Report of the Imperial Institute of Veterinary Research, Muktesar
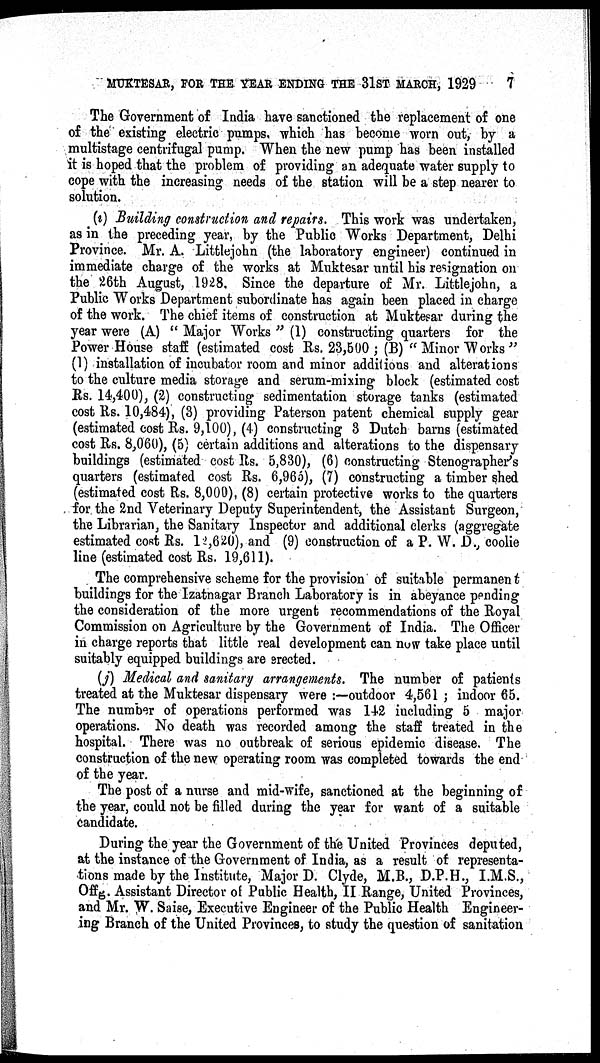
MUKTESAR, FOR THE YEAR ENDING THE 31ST MARCH, 1929
7
The Government of India have sanctioned the replacement of one
of the existing electric pumps, which has become worn out, by a
multistage centrifugal pump. When the new pump has been installed
it is hoped that the problem of providing an adequate water supply to
cope with the increasing needs of the station will be a step nearer to
solution.
(i) Building construction and repairs. This work was undertaken,
as in the preceding year, by the Public Works Department, Delhi
Province. Mr. A. Littlejohn (the laboratory engineer) continued in
immediate charge of the works at Muktesar until his resignation on
the 26th August, 1928. Since the departure of Mr. Littlejohn, a
Public Works Department subordinate has again been placed in charge
of the work. The chief items of construction at Muktesar during the
year were (A) " Major Works " (1) constructing quarters for the
Power House staff (estimated cost Rs. 23,500 ; (B) " Minor Works "
(1) installation of incubator room and minor additions and alterations
to the culture media storage and serum-mixing block (estimated cost
Rs. 14,400), (2) constructing sedimentation storage tanks (estimated
cost Rs. 10,484), (3) providing Paterson patent chemical supply gear
(estimated cost Rs. 9,100), (4) constructing 3 Dutch barns (estimated
cost Rs. 8,060), (5) certain additions and alterations to the dispensary
buildings (estimated cost Rs. 5,830), (6) constructing Stenographer's
quarters (estimated cost Rs. 6,965), (7) constructing a timber shed
(estimated cost Rs. 8,000), (8) certain protective works to the quarters
for the 2nd Veterinary Deputy Superintendent, the Assistant Surgeon,
the Librarian, the Sanitary Inspector and additional clerks (aggregate
estimated cost Rs. 12,620), and (9) construction of a P. W. D., coolie
line (estimated cost Rs. 19,611).
The comprehensive scheme for the provision of suitable permanent
buildings for the Izatnagar Branch Laboratory is in abeyance pending
the consideration of the more urgent recommendations of the Royal
Commission on Agriculture by the Government of India. The Officer
in charge reports that little real development can now take place until
suitably equipped buildings are erected.
(j) Medical and sanitary arrangements. The number of patients
treated at the Muktesar dispensary were :—outdoor 4,561; indoor 65.
The number of operations performed was 142 including 5 major
operations. No death was recorded among the staff treated in the
hospital. There was no outbreak of serious epidemic disease. The
construction of the new operating room was completed towards the end
of the year.
The post of a nurse and mid-wife, sanctioned at the beginning of
the year, could not be filled during the year for want of a suitable
candidate.
During the year the Government of the United Provinces deputed,
at the instance of the Government of India, as a result of representa-
tions made by the Institute, Major D. Clyde, M.B., D.P.H., I.M.S.,
Offg. Assistant Director of Public Health, II Range, United Provinces,
and Mr. W. Saise, Executive Engineer of the Public Health Engineer-
ing Branch of the United Provinces, to study the question of sanitation